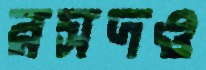
রসদও